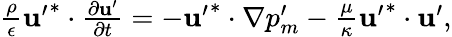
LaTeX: \begin{array}{r}{\frac{\rho}{\epsilon}\mathbf{u^{\prime}}^{*}\cdot\frac{\partial\mathbf{u^{\prime}}}{\partial t}=-\mathbf{u^{\prime}}^{*}\cdot\nabla p_{m}^{\prime}-\frac{\mu}{\kappa}\mathbf{u^{\prime}}^{*}\cdot\mathbf{u^{\prime}},}\end{array}